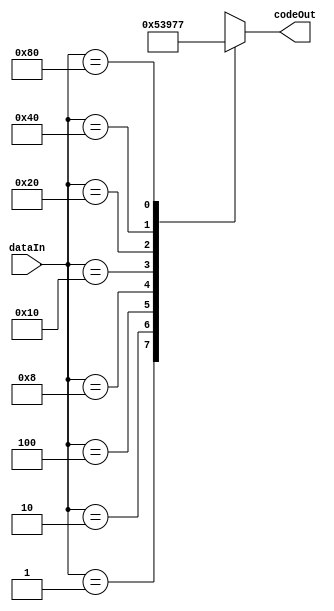
//  ***********************************************
//  *                Encoder 8to3                 *
//  ***********************************************



module Encoder_8to3(input [7:0] dataIn, output reg [2:0] codeOut);

always @(*) begin
    case (dataIn)
        8'b00000001: codeOut = 3'b000;
        8'b00000010: codeOut = 3'b001;
        8'b00000100: codeOut = 3'b010;
        8'b00001000: codeOut = 3'b011;
        8'b00010000: codeOut = 3'b100;
        8'b00100000: codeOut = 3'b101;
        8'b01000000: codeOut = 3'b110;
        8'b10000000: codeOut = 3'b111;
        default: codeOut = 3'bxxx;
    endcase
end

endmodule